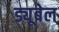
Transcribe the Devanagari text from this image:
ड्यूबेल